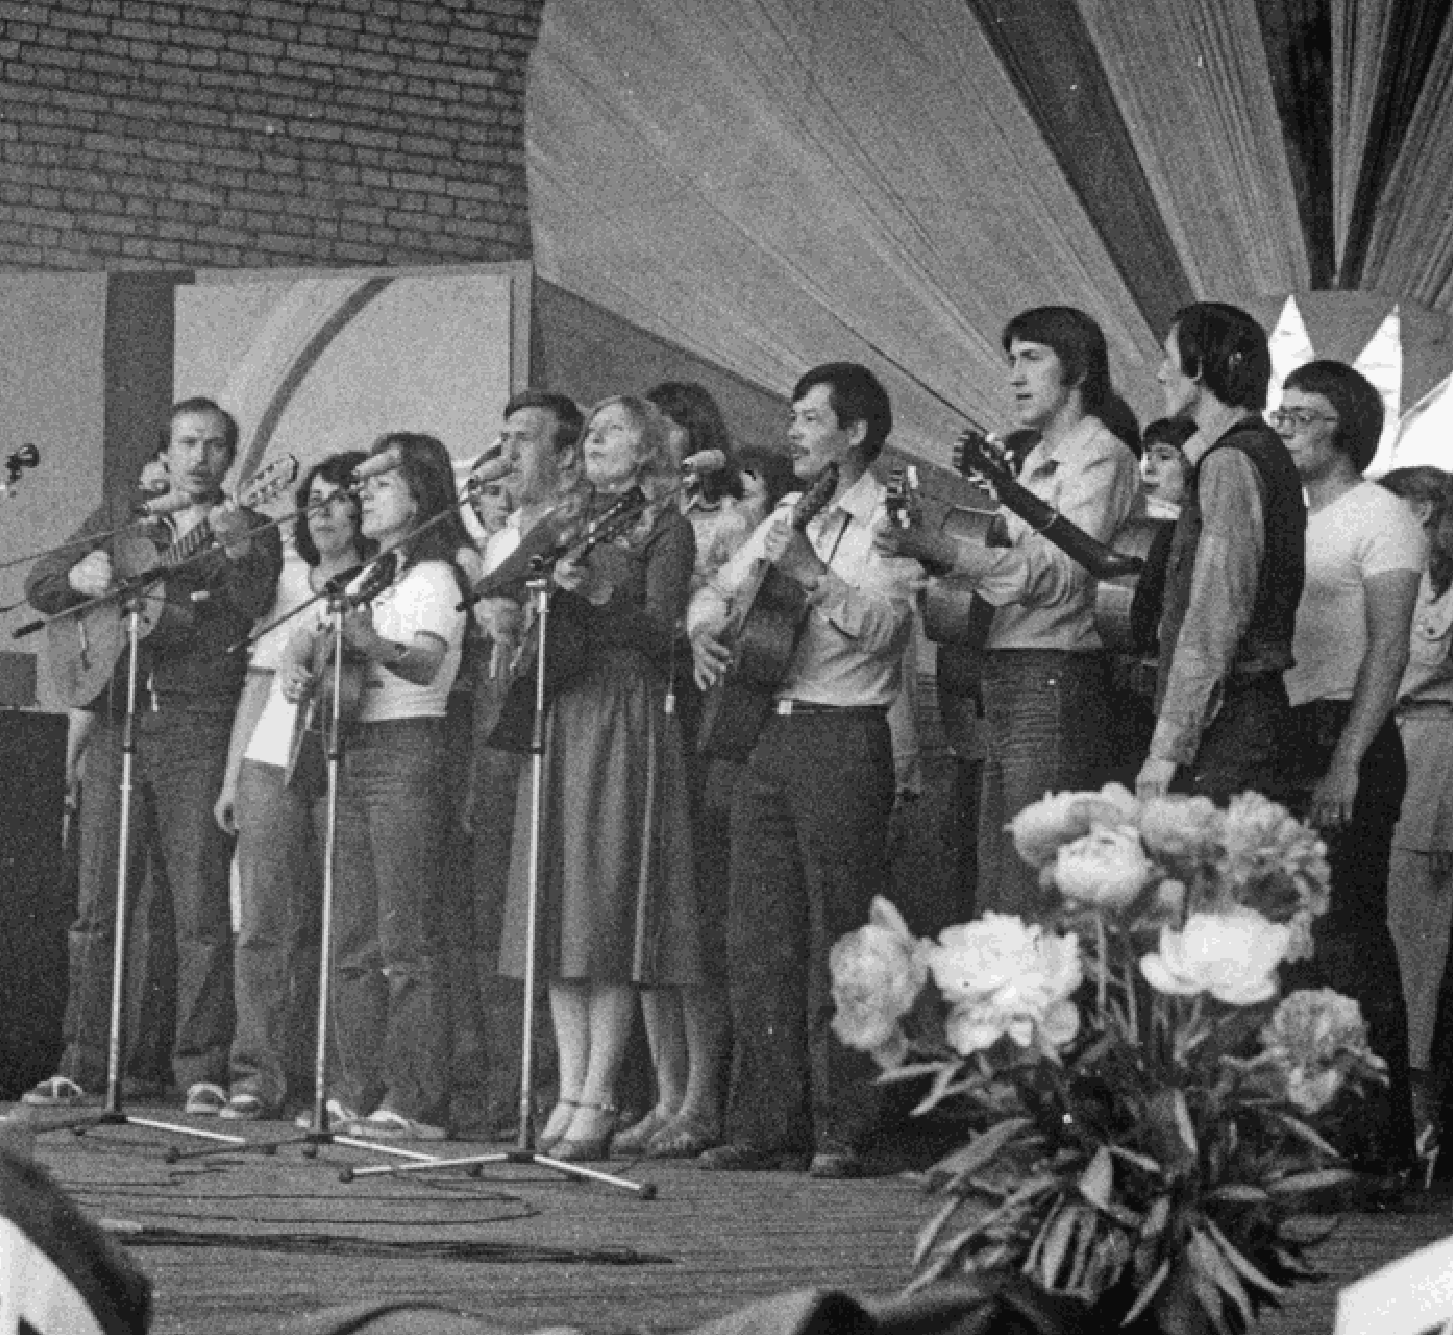
324                                                                                     325